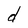
Character: d